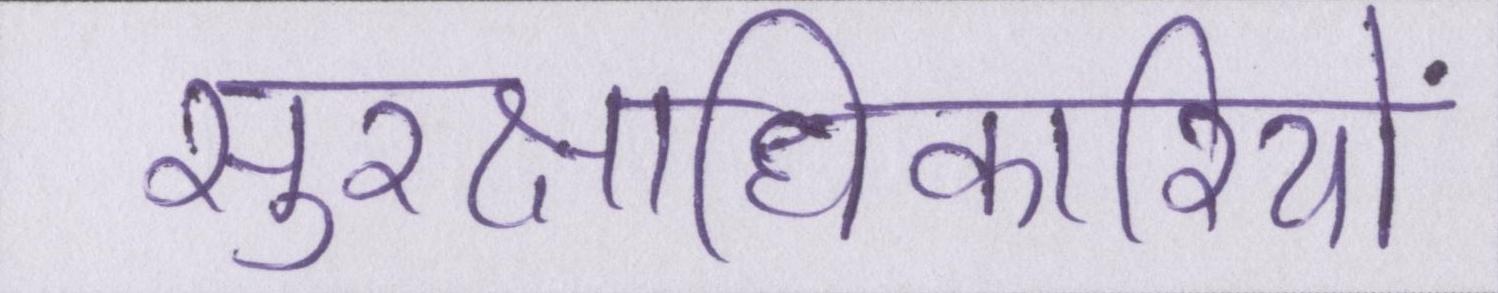
सुरक्षाधिकारियों